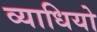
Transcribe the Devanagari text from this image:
व्याधियो